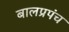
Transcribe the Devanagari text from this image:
बालप्रपंच